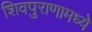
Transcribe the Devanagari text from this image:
शिवपुराणामध्ये